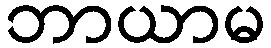
ဘာယာမ